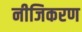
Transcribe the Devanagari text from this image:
नीजिकरण